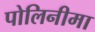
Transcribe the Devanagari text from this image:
पोलिनीमा